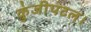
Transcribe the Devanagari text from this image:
कुंजीपटल।